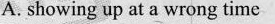
A. showing up at a wrong time